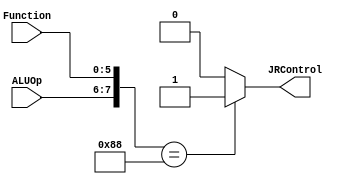
`timescale 1 ps / 100 fs
// fpga4student.com: FPGA projects, Verilog Projects, VHDL projects
// Verilog project: 32-bit 5-stage Pipelined MIPS Processor in Verilog 
// Control singals for JR instruction
module JRControl_Block( JRControl, ALUOp, Function);
output JRControl;
reg JRControl;
input [1:0] ALUOp;
input [5:0] Function;
wire [7:0] test;
assign test = {ALUOp,Function};
always @(test)
case (test)
 8'b10001000 : JRControl=1'b1; 
 default: JRControl=1'b0;
 endcase
endmodule